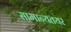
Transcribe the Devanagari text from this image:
सामान्यतयर